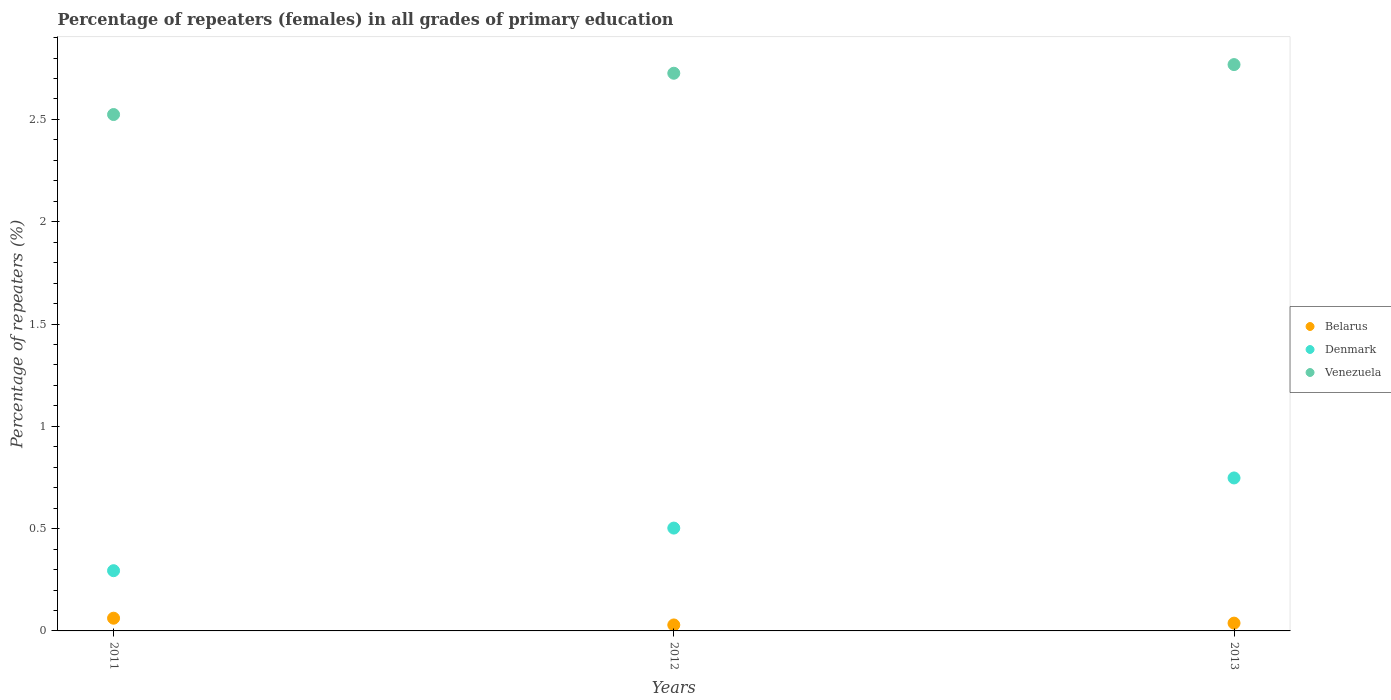
| Years | Belarus | Denmark | Venezuela |
 | --- | --- | --- | --- |
 | 2011 | 0.0622 | 0.294 | 2.52 |
 | 2012 | 0.0292 | 0.503 | 2.73 |
 | 2013 | 0.0381 | 0.748 | 2.77 |